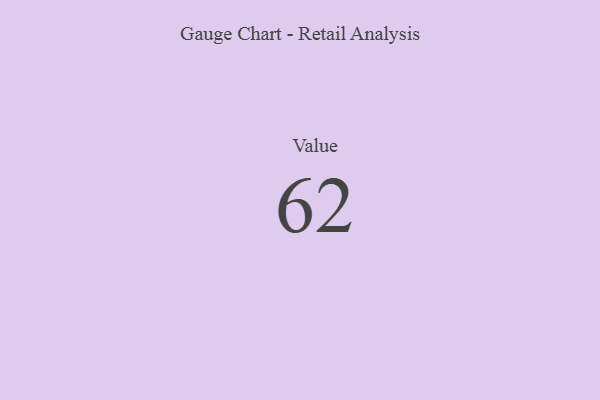
{"axis": {"x": "Metric", "y": "Value"}, "legend": [""], "data": [{"x": "Value", "y": 62, "type": ""}]}